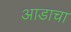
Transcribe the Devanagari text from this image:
आडाचा